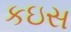
કઇસ